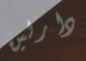
دارلين